Civil Veterinary Dept. North-West Frontier Province 1901-22 - 1901-1922
Year: 1901
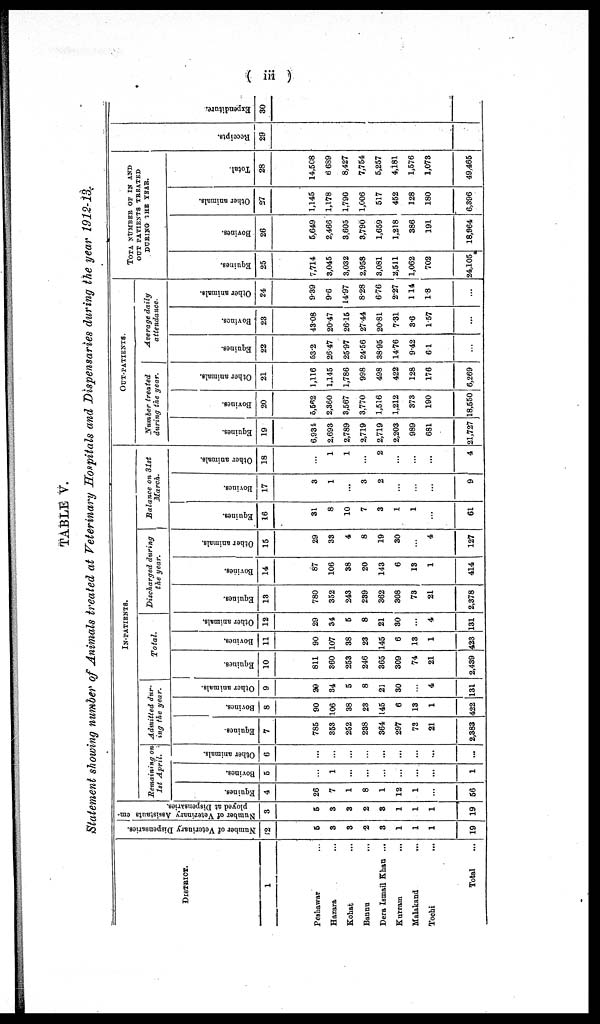
( iii )
TABLE V.
Statement showing number of Animals treated at Veterinary Hospitals and Dispensaries during the year 1912-13.
DISTRICT.
1
Peshawar
Hazara ...
Kohat ...
Bannu ...
Dera Ismail Khan ...
Kurram ...
Malakand ...
Tochi ...
Total ...
Number of Veterinary Dispensaries.
2
5
3
3
2
3
1
1
1
19
Number of Veterinary Assistants em-
ployed at Dispensaries.
3
5
3
3
2
3
1
1
1
19
IN-PATIETS.
Remaining on
1st April
Equines.
4
26
7
1
8
1
12
1
...
56
Bovines.
5
...
1
...
...
...
...
...
...
1
Other animals.
6
...
...
...
...
...
...
...
...
...
Admitted dur-
ing the year.
Equines.
7
785
353
252
238
364
297
73
21
2,383
Bovines.
8
90
106
38
23
145
6
13
1
422
Other animals.
9
20
34
5
8
21
30
...
4
131
Total.
Equines.
10
811
360
253
246
365
309
74
21
2,439
Bovines.
11
90
107
38
23
145
6
13
1
423
Other animals.
12
29
34
5
8
21
30
...
4
131
Discharged during
the year.
Equines.
13
780
352
243
239
362
308
73
21
2,378
Bovines.
14
87
106
38
20
143
6
13
1
414
Other animals.
15
29
33
4
8
19
30
...
4
127
Balance on 31st
March.
Equines.
16
31
8
10
7
3
1
1
...
61
Bovines.
17
3
1
...
3
2
...
...
...
9
Other animals.
18
...
1
1
...
2
...
...
...
4
OUT-PATIENTS.
Number treated
during the year.
Equines.
19
6,934
2,693
2,789
2,719
2,719
2,203
989
681
21,727
Bovines.
20
5,562
2,360
3,567
3,770
1,516
1,212
373
190
18,550
Other animals.
21
1,116
1,145
1,786
998
498
422
128
176
6,269
Average daily
attendance.
Equines.
22
53.2
26.47
25.97
24.56
38.95
14.76
9.42
6.1
...
Bovines.
23
43.08
20.47
26.15
27.44
20.81
7.31
3.6
1.57
...
Other animals.
24
9.39
9.6
14.97
8.28
676
2.27
1.14
1.8
...
TOTAL NUMBER OF IN AND
OUT PATIENTS TREATED
DURING THE YEAR.
Equines.
25
7,714
3,045
3,032
2,958
3,081
2,511
1,062
702
24,105
Bovines.
26
5,649
2,466
3,605
3,790
1,659
1,218
386
191
18,964
Other animals.
27
1,145
1,178
1,790
1,006
517
452
128
180
6,396
Total.
28
14,508
6 639
8,427
7,754
5,257
4,181
1,576
1,073
49,465
Receipts.
29
Expendi t
ur e.
30